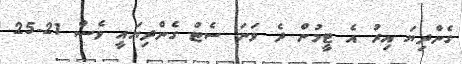
ގެންދިޔަ އިރު އެ ޓީމުން ދެ ވަނަ ސެޓު ގެންދިޔައީ ވެސް 21-25